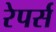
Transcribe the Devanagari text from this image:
रेपर्स